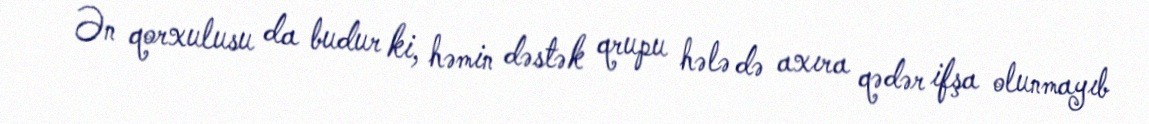
Ən qorxulusu da budur ki, həmin dəstək qrupu hələ də axıra qədər ifşa olunmayıb